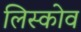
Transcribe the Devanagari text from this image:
लिस्कोव